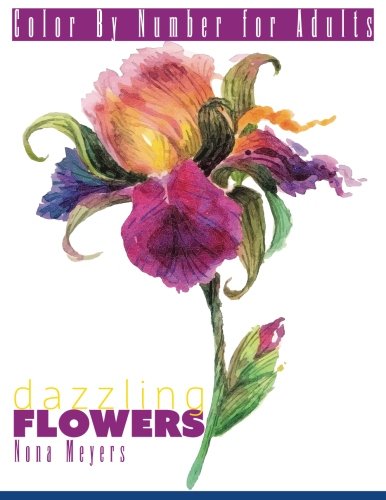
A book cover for Color By Number For Adults: Dazzling Flowers; Nona Meyers; Arts & Photography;